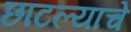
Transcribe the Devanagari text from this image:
छाटल्याचे